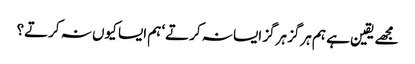
مجھے یقین ہے ہم ہرگز ہرگز ایسا نہ کرتے‘ ہم ایسا کیوں نہ کرتے؟